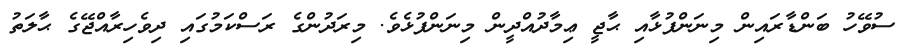
ސުވޭހު ބަންޑާރައިން މިނަންފުޅާއި ޙާޖީ ޢިމާދުއްދީން މިނަންފުޅެވެ. މިރަދުންގެ ރަސްކަމުގައި ދިވެހިރާއްޖޭގެ ޙާލަތު